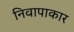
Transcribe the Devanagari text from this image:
निवापाकार